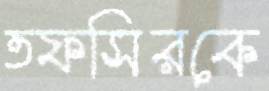
তফসিরকে